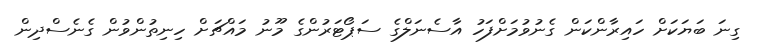
ގިނަ ބަޔަކަށް ހައިރާންކަން ގެނުވުމަށްފަހު އާސެނަލްގެ ސަޕޯޓަރުންގެ މޫނު މައްޗަށް ހިނިތުންވުން ގެނެސްދިން